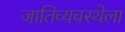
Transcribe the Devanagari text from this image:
जातिव्यवस्थेला